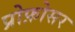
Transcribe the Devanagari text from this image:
प्रोफ़ोसर